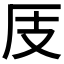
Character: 𱑜